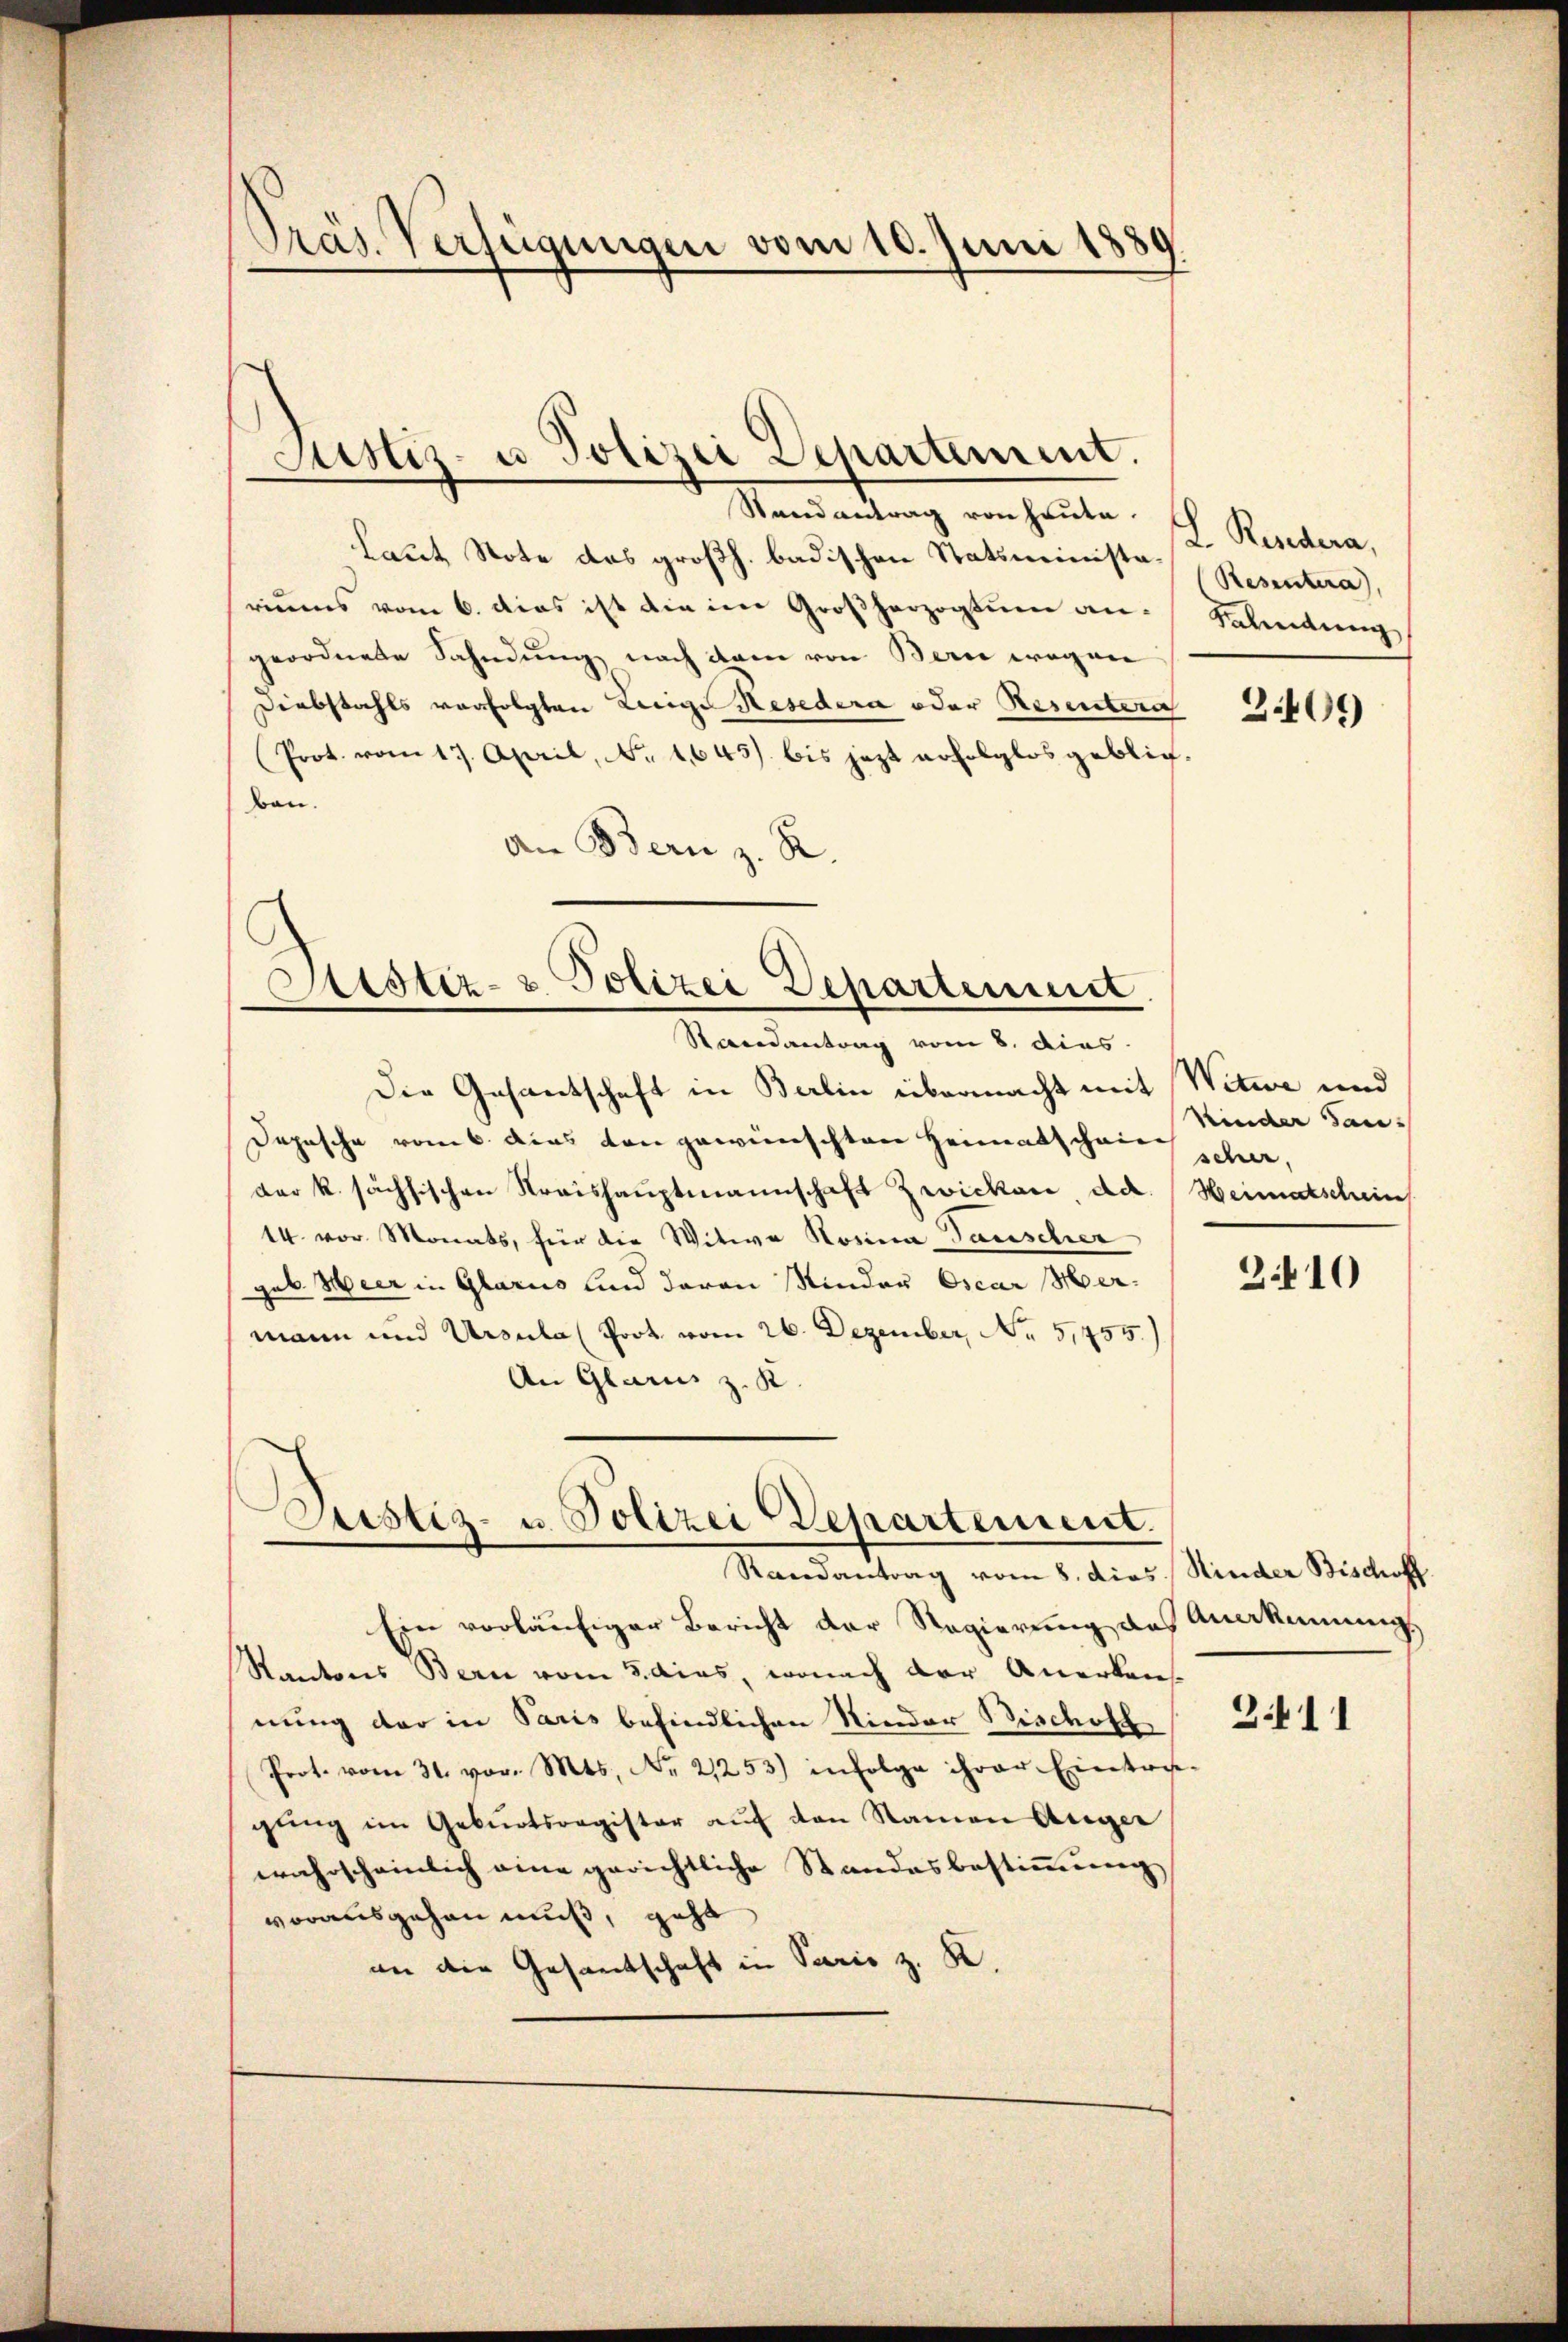
Randantrag von heute I. Rindera,
Laut Note des großh. badischen Statsministariums vom 6. dies ist die im Großherzogtum angeordnete Sahndung nach dem von Bern wegen
Diebstahls verfolgten Litige Resedera oder Resertera
(Prot. vom 17. April, No 1645 bis jezt erfolglos geblie-
bau.
an Bern z. R.

Präs. Verfügungen vom 10. Juni 1889

Justiz- u Polizei Departement.

Sistiz- & Polizei Departenmit

Randantrag vom 8. dies
Die Gesantschaft in Berlin übermacht mit Witwe und
Depesche vom 6. dies von gewünschten Heimatschein schnee,
der k. sächsischen Kraishauptmannschaft Zwicken, da
14. vor Monats, für die Witwe Rosina Tauscher
geb. Heer in Glarus und davon Minder Oscar Mermann und Ursula Prot. vom 26. Dezember, No 5,755.)
An Glarus z. K

Justiz- u. Polizei Departement.
Randantrag vom 8. dies Kinder Bischoff

Ein vorläufiger Bericht der Regierung des Anerkennungs
Kantons Bern vom 8. dies, wonach der Anerkens
nung der in Paris befindlichen Nieder Bischoff
Prot. vom 31. vor. Mts. No. 21253) infolge ihrer Eintre-
gŭng im Geburtsregister aŭf den Namen Anger
wahrscheinlich eine gerichtliche Standesbestimmung
vorausgehen muß, geht
an die Gesandtschaft in Paris z. K.

Resentera
Saltung

3409

Kinder San¬
Heimatschein

2.410

3411